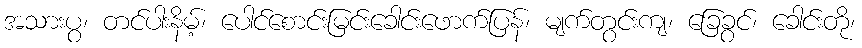
အသားပွ၊ တင်ပါးနိမ့်၊ ပေါင်စောင်းမြင်းခေါင်းဖောက်ပြန်၊ မျက်တွင်းကျ၊ ခြေခွင်၊ ခေါင်းတို၊